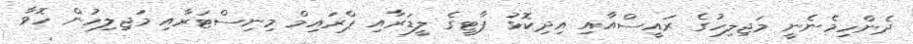
ދެންހިމެނެނީ މަޖިލިހުގެ ރައީސްއާއި އިދިކޮޅު ޕާޓީގެ ލީޑަރާއި ޕްރައިމް މިނިސްޓަރާއި މަޖިލިހުން ހޮވާ